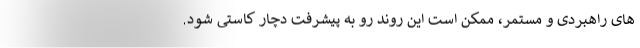
های راهبردی و مستمر، ممکن است این روند رو به پیشرفت دچار کاستی شود.